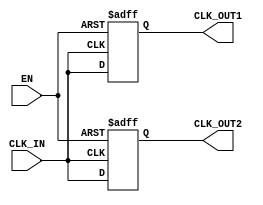
module BasicClockBuffer (
    input wire CLK_IN,   // Input Clock
    input wire EN,       // Enable Signal
    output reg CLK_OUT1, // Buffered Clock Output 1
    output reg CLK_OUT2  // Buffered Clock Output 2
);

// Internal signal for clock synchronization
reg CLK_sync;

// Always block for clock buffering
always @(posedge CLK_IN or negedge EN) begin
    if (!EN) begin
        // Hold the clock outputs low when EN is low
        CLK_OUT1 <= 1'b0;
        CLK_OUT2 <= 1'b0;
    end else begin
        // Buffering the input clock when enabled
        CLK_OUT1 <= CLK_IN;
        CLK_OUT2 <= CLK_IN;
    end
end

endmodule